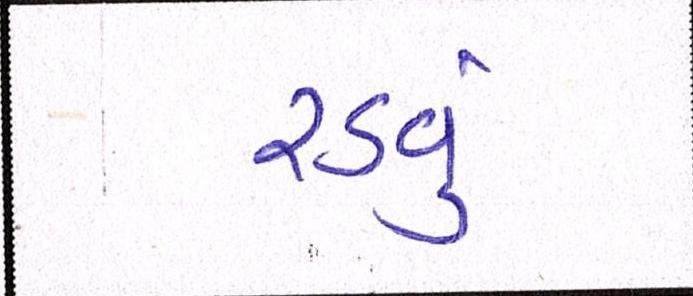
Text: રડવું